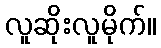
လူဆိုးလူမိုက်။